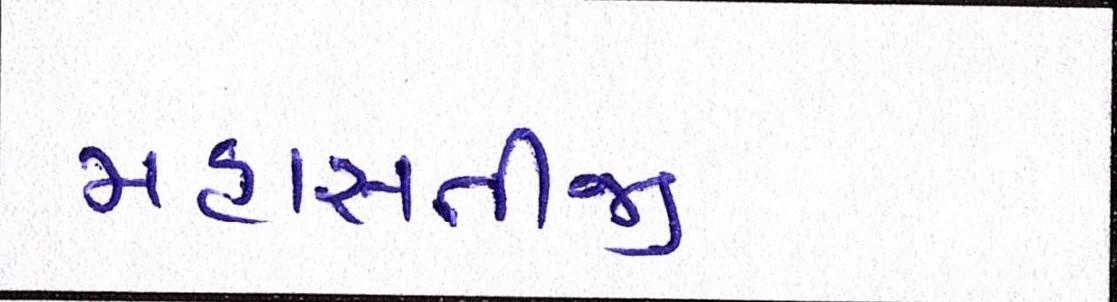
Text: મહાસતીજી